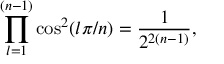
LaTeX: \prod _ { l = 1 } ^ { ( n - 1 ) } \cos ^ { 2 } ( l \pi / n ) = { \frac { 1 } { 2 ^ { 2 ( n - 1 ) } } } ,